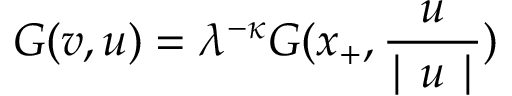
G ( v , u ) = \lambda ^ { - \kappa } G ( x _ { + } , \frac { u } { \mid u \mid } )